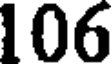
106